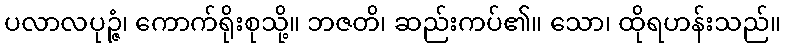
ပလာလပုဉ္ဇံ၊ ကောက်ရိုးစုသို့။ ဘဇတိ၊ ဆည်းကပ်၏။ သော၊ ထိုရဟန်းသည်။